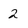
Character: 2